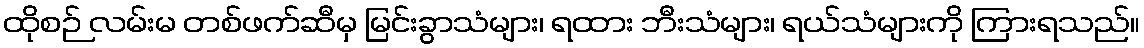
ထိုစဉ် လမ်းမ တစ်ဖက်ဆီမှ မြင်းခွာသံများ၊ ရထား ဘီးသံများ၊ ရယ်သံများကို ကြားရသည်။